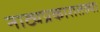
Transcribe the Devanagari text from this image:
नाट्यप्रकारातल्या